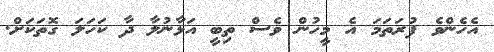
އެހެންވެ ފުރަތަމަ އެ މީހުން ވެސް ތިބީ އަޅާނުލާ ދާ ކަހަލަ ގޮތަކަށް.